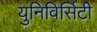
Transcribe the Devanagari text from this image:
युनिविर्सिटी